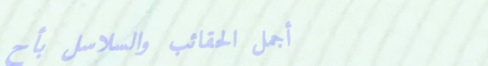
أجمل الحقائب والسلاسل بأح